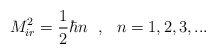
\begin{align*}M_{ir}^{2} = \frac{1}{2} \hbar n ~~,~~ n = 1,2,3,...\end{align*}